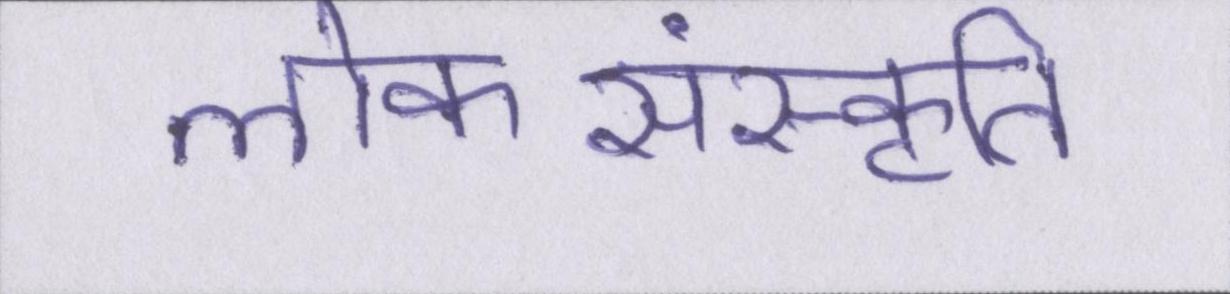
लोकसंस्कृति